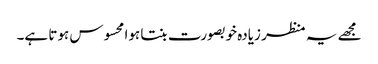
مجھے یہ منظر زیادہ خوبصورت بنتا ہوا محسوس ہوتا ہے۔